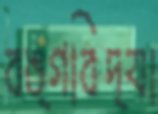
বঙ্গবিদ্যা